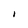
Character: I